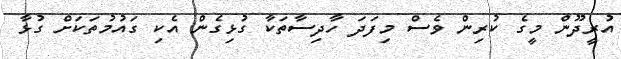
އުރީދޫން މީގެ ކުރިން ވެސް މިފަދަ ހާދިސާތަކާ ގުޅިގެން އެކި ގައުމުތަކަށް ގުޅާ